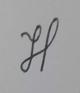
Signature authenticity: genuine